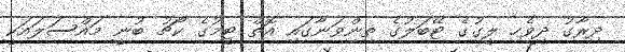
ދިރާގު ދިވެހި ލީގުގެ ޓޭބަލުގެ ތިންވަނާގައި އޮތް ޓީމުގެ ކޯޗު ބުނީ މައްސަލައަކީ